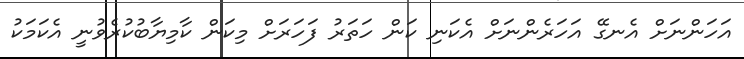
އަހަންނަށް އެނގޭ އަހަރެންނަށް އެކަނި ކަން ހަތަރު ފަހަރަށް މިކަން ކާމިޔާބުކުރެވުނީ އެކަމަކު